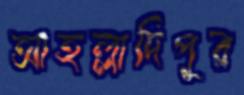
আহল্লাদিপুর